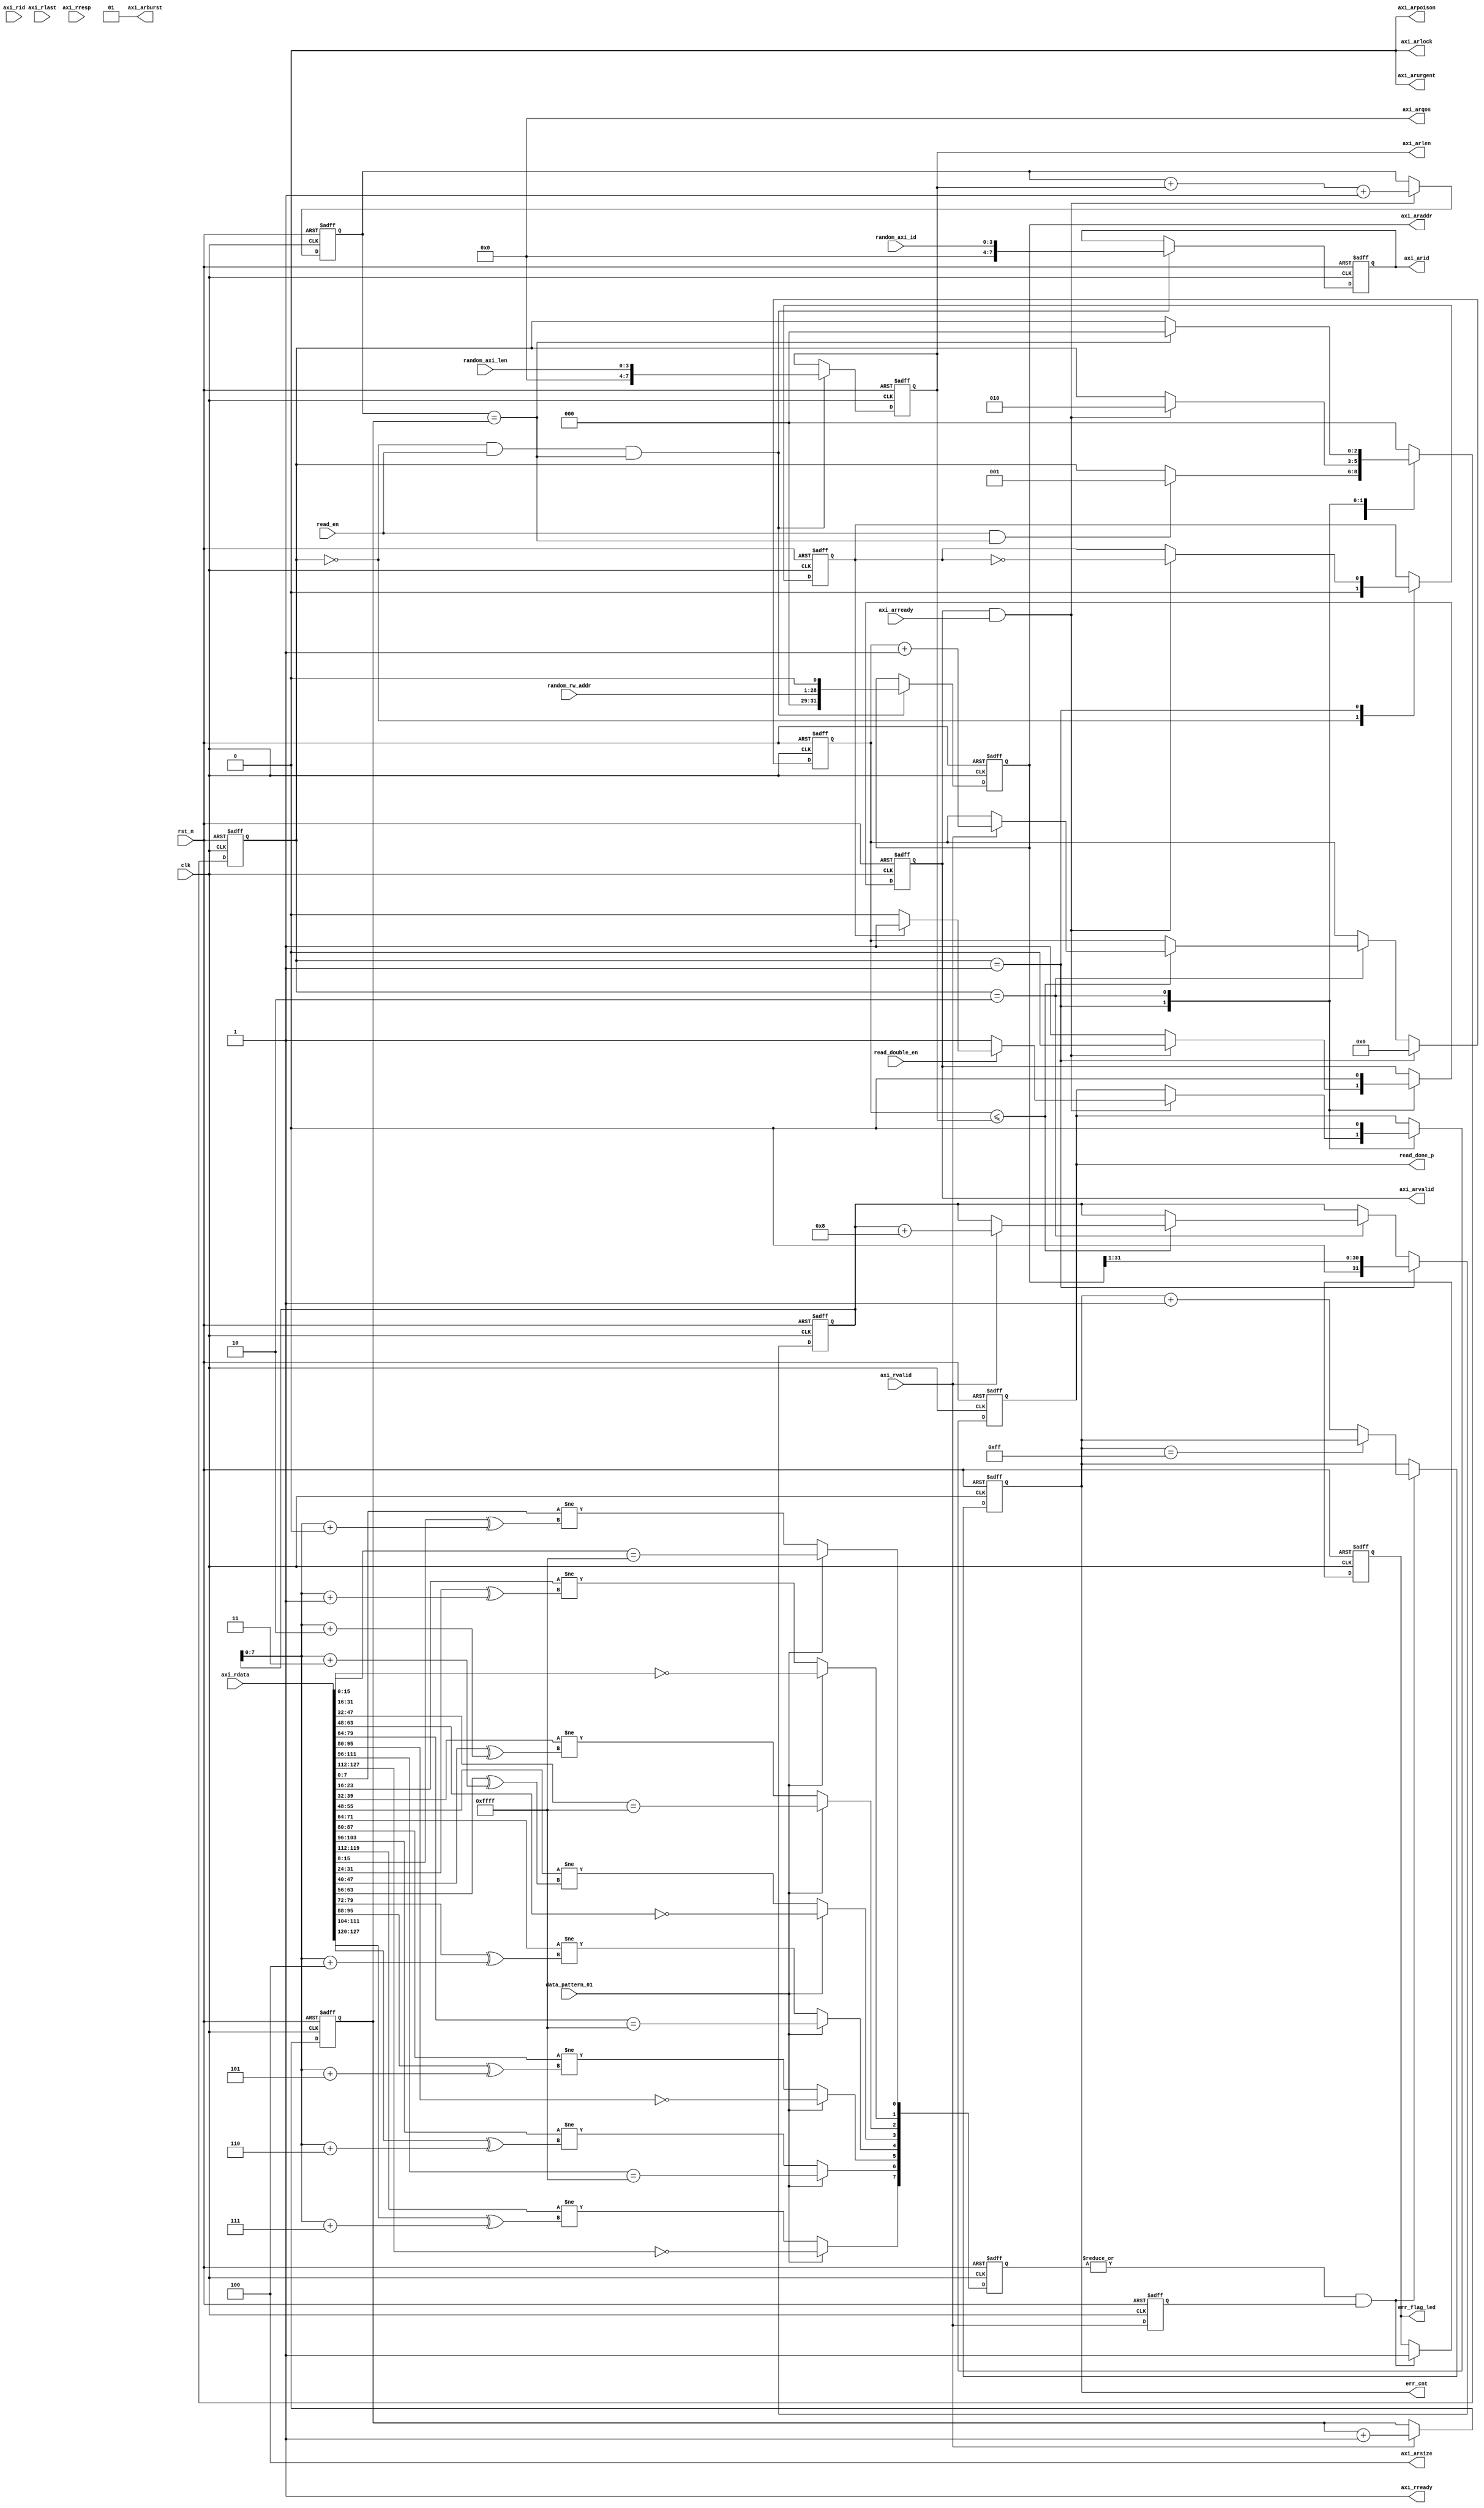
`timescale 1ns/1ps


module test_rd_ctrl_128bit #(
   parameter CTRL_ADDR_WIDTH = 28,
   parameter MEM_DQ_WIDTH = 16,
   parameter MEM_COL_ADDR_WIDTH = 10,
   parameter MEM_SPACE_AW = 18
   
)(
   input [CTRL_ADDR_WIDTH-1:0] random_rw_addr,
   input [3:0] random_axi_id,
   input [3:0] random_axi_len,

   input clk,
   input rst_n,   
   input read_en,
   input data_pattern_01,
   input read_double_en,

   output reg read_done_p,
   
    output reg [32-1:0]    axi_araddr          ,
    output reg [7:0]       axi_arid            ,
    output reg [7:0]       axi_arlen           ,
    output wire [2:0]       axi_arsize         ,
    output wire [1:0]       axi_arburst        ,
    output wire             axi_arlock              ,
    output wire [3:0]        axi_arqos               ,
    output wire             axi_arpoison            ,
    output wire             axi_arurgent            ,
    input               axi_arready         ,
    output reg             axi_arvalid         ,

    input   [128-1:0]   axi_rdata           ,
    input   [7:0]       axi_rid             ,
    input               axi_rlast           ,
    input               axi_rvalid          ,
    output wire         axi_rready           ,
    input [1:0]         axi_rresp               ,
   output reg [7:0] err_cnt,
   output reg err_flag_led
   
);

localparam DQ_NUM = MEM_DQ_WIDTH/16;
localparam ADDR_NUM_BIT = 31 - CTRL_ADDR_WIDTH;

localparam E_IDLE = 0;
localparam E_RD   = 1;
localparam E_END  = 2;

reg [15:0] req_rd_cnt;
reg [15:0] execute_rd_cnt;
wire  read_finished;

wire [MEM_DQ_WIDTH-1:0] rd_data0;
wire [MEM_DQ_WIDTH-1:0] rd_data1;
wire [MEM_DQ_WIDTH-1:0] rd_data2;
wire [MEM_DQ_WIDTH-1:0] rd_data3;
wire [MEM_DQ_WIDTH-1:0] rd_data4;
wire [MEM_DQ_WIDTH-1:0] rd_data5;
wire [MEM_DQ_WIDTH-1:0] rd_data6;
wire [MEM_DQ_WIDTH-1:0] rd_data7;

wire [7:0]   addr_0_mux;
wire [7:0]   addr_1_mux;
wire [7:0]   addr_2_mux;
wire [7:0]   addr_3_mux;
wire [7:0]   addr_4_mux;
wire [7:0]   addr_5_mux;
wire [7:0]   addr_6_mux;
wire [7:0]   addr_7_mux;

wire [7:0] rd_data_addr;
reg [7:0]   data_err;

reg         axi_rvalid_d1;
//reg         axi_rvalid_d2;
reg [31:0] normal_rd_addr;
reg [2:0] state;
reg [7:0] cnt_len;
reg rd_cnt;
//reg [7:0] err_cnt;

assign  axi_arlock        =1'b0     ; 
assign  axi_arqos         =4'b0     ; 
assign  axi_arurgent      =1'b0     ; 
assign  axi_arpoison      =1'b0     ;
assign  axi_arsize = 3'b100;
assign  axi_arburst = 2'd1;
assign  axi_rready = 1;

always @(posedge clk or negedge rst_n)
begin
   if (!rst_n) begin
      axi_araddr     <= 32'b0; 
      axi_arid  <= 4'b0; 
      axi_arlen      <= 8'b0; 
      axi_arvalid    <= 1'b0; 
      state          <= E_IDLE;
      read_done_p    <= 1'b0;
      rd_cnt <= 0;
   end
   else begin          
             if ((state == E_IDLE) & read_en & read_finished) begin
             axi_arid <= {4'b0000,random_axi_id};
   	         axi_araddr <= {{ADDR_NUM_BIT{1'b0}},{random_rw_addr},1'b0};
   	  	     axi_arlen <= {4'b0000,random_axi_len};   	         
   	      end         
          
          case (state)
              E_IDLE: begin
                   if (read_en & read_finished)
                      state <= E_RD;
                      rd_cnt <= 0;
              end
              E_RD: begin
                   axi_arvalid <= 1'b1;                  
                   if (axi_arvalid&axi_arready) begin
                      axi_arvalid <= 1'b0; 
                      state <= E_END;
                      rd_cnt <= ~rd_cnt;
                      if(read_double_en) begin
                      if(rd_cnt==1)
                      read_done_p <= 1'b1;
                      else 
                      read_done_p <= 1'b0;
                      end
                     else
                      read_done_p <= 1'b1;
                   end
              end
              E_END: begin
                   axi_arvalid <= 1'b0;
                   read_done_p <= 1'b0;
                   if (read_finished)
                      state <= E_IDLE;
              end
              default: begin
              	  state <= E_IDLE;
              end
          endcase     
        end
end        

always @(posedge clk or negedge rst_n)
begin
   if (!rst_n) begin
     normal_rd_addr <= 32'd0;
     cnt_len <= 8'd0; 
   end
   else begin 
    if(state == E_RD) begin 
      normal_rd_addr <= {1'b0,{axi_araddr[31:1]}};
      cnt_len <= 8'd0;  
    end
    else if(state == E_END) begin
      if(cnt_len <= axi_arlen) begin
        if(axi_rvalid) begin
          normal_rd_addr <= normal_rd_addr + 32'd8;
          cnt_len <= cnt_len + 1;
        end
    end
    end
end
end



always @(posedge clk or negedge rst_n)
   if (!rst_n) begin
   	  req_rd_cnt     <= 16'd0;
   	  execute_rd_cnt <= 16'd0;
   end
   else begin
   	  if (axi_arvalid & axi_arready) begin
   	  	    req_rd_cnt <= req_rd_cnt + axi_arlen + 1;
   	  end   	  
   	  if (axi_rvalid) begin
   	     execute_rd_cnt <= execute_rd_cnt + 1;
   	  end      
   end

assign  read_finished = (req_rd_cnt == execute_rd_cnt);

assign rd_data0 = axi_rdata[MEM_DQ_WIDTH-1:0];
assign rd_data1 = axi_rdata[MEM_DQ_WIDTH*2-1:MEM_DQ_WIDTH];
assign rd_data2 = axi_rdata[MEM_DQ_WIDTH*3-1:MEM_DQ_WIDTH*2];
assign rd_data3 = axi_rdata[MEM_DQ_WIDTH*4-1:MEM_DQ_WIDTH*3];
assign rd_data4 = axi_rdata[MEM_DQ_WIDTH*5-1:MEM_DQ_WIDTH*4];
assign rd_data5 = axi_rdata[MEM_DQ_WIDTH*6-1:MEM_DQ_WIDTH*5];
assign rd_data6 = axi_rdata[MEM_DQ_WIDTH*7-1:MEM_DQ_WIDTH*6];
assign rd_data7 = axi_rdata[MEM_DQ_WIDTH*8-1:MEM_DQ_WIDTH*7];

always @(posedge clk or negedge rst_n)
begin
    if(~rst_n)
    begin
        axi_rvalid_d1 <= 1'b0;
//        axi_rvalid_d2 <= 1'b0;
    end
    else
    begin
        axi_rvalid_d1 <= axi_rvalid;
//        axi_rvalid_d2 <= axi_rvalid_d1;
    end
end

assign rd_data_addr = normal_rd_addr[7:0];

assign addr_0_mux = rd_data_addr + 8'd0;
assign addr_1_mux = rd_data_addr + 8'd1;
assign addr_2_mux = rd_data_addr + 8'd2;
assign addr_3_mux = rd_data_addr + 8'd3;
assign addr_4_mux = rd_data_addr + 8'd4;
assign addr_5_mux = rd_data_addr + 8'd5;
assign addr_6_mux = rd_data_addr + 8'd6;
assign addr_7_mux = rd_data_addr + 8'd7;

always @(posedge clk or negedge rst_n)
begin
    if(~rst_n)
    begin
        data_err[0] <= 1'b0;
        data_err[1] <= 1'b0;
        data_err[2] <= 1'b0;
        data_err[3] <= 1'b0;
        data_err[4] <= 1'b0;
        data_err[5] <= 1'b0;
        data_err[6] <= 1'b0;
        data_err[7] <= 1'b0;
    end
    else
    begin
        if(data_pattern_01) begin
        data_err[0] <= rd_data0 == 16'hffff;
        data_err[1] <= rd_data1 == 16'h0000;
        data_err[2] <= rd_data2 == 16'hffff;
        data_err[3] <= rd_data3 == 16'h0000;
        data_err[4] <= rd_data4 == 16'hffff;
        data_err[5] <= rd_data5 == 16'h0000;
        data_err[6] <= rd_data6 == 16'hffff;
        data_err[7] <= rd_data7 == 16'h0000;
    end
    else begin
        data_err[0] <= DATA_CHK(rd_data0,addr_0_mux);
        data_err[1] <= DATA_CHK(rd_data1,addr_1_mux);
        data_err[2] <= DATA_CHK(rd_data2,addr_2_mux);
        data_err[3] <= DATA_CHK(rd_data3,addr_3_mux);
        data_err[4] <= DATA_CHK(rd_data4,addr_4_mux);
        data_err[5] <= DATA_CHK(rd_data5,addr_5_mux);
        data_err[6] <= DATA_CHK(rd_data6,addr_6_mux);
        data_err[7] <= DATA_CHK(rd_data7,addr_7_mux);
end
    end
end


assign err = |data_err;

function DATA_CHK;
    input [MEM_DQ_WIDTH-1:0] data_in;
    input   [7:0]   addr;
    reg     [7:0]   data_random;
    reg     [MEM_DQ_WIDTH-1:0]  expect_data;
    begin
        data_random = data_in[15:8];
        expect_data = {DQ_NUM{data_random,(data_random ^ addr)}};
        DATA_CHK = data_in != expect_data;
    end
endfunction

always @(posedge clk or negedge rst_n)
begin
    if(~rst_n)
    begin
        err_cnt <= 8'b0;
        err_flag_led <= 1'b0;
    end
    else if(err && axi_rvalid_d1)
    begin
        if(err_cnt == 8'hff)
            err_cnt <= err_cnt;
        else
            err_cnt <= err_cnt + 8'b1;
        err_flag_led <= 1'b1;
    end
end        
        
 endmodule